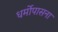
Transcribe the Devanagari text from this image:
धर्मोपासना